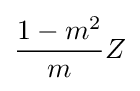
{\frac {1-m^{2}}{m}}Z